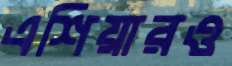
এশিয়ারও